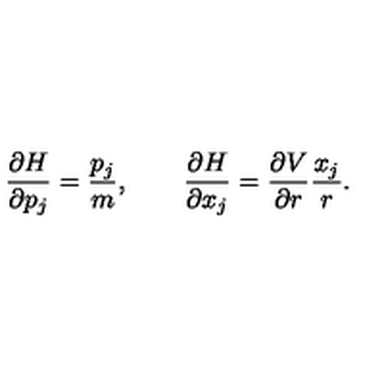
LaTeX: \frac { \partial H } { \partial p _ { j } } = \frac { p _ { j } } { m } , \qquad \frac { \partial H } { \partial x _ { j } } = \frac { \partial V } { \partial r } \frac { x _ { j } } { r } .